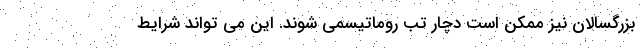
بزرگسالان نیز ممکن است دچار تب روماتیسمی شوند. این می تواند شرایط